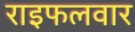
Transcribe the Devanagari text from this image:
राइफलवार